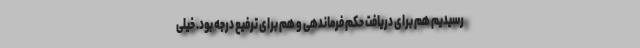
رسیدیم هم برای دریافت حکم فرماندهی و هم برای ترفیع درجه بود. خیلی